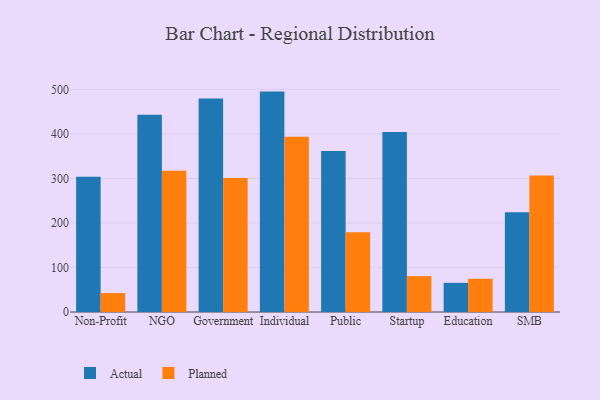
{"axis": {"x": "Segment", "y": "Inventory Turnover"}, "legend": ["Actual", "Planned"], "data": [{"x": "Non-Profit", "y": 304.0, "type": "Actual"}, {"x": "Non-Profit", "y": 42.5, "type": "Planned"}, {"x": "NGO", "y": 443.2, "type": "Actual"}, {"x": "NGO", "y": 317.4, "type": "Planned"}, {"x": "Government", "y": 479.4, "type": "Actual"}, {"x": "Government", "y": 301.1, "type": "Planned"}, {"x": "Individual", "y": 495.1, "type": "Actual"}, {"x": "Individual", "y": 393.5, "type": "Planned"}, {"x": "Public", "y": 361.6, "type": "Actual"}, {"x": "Public", "y": 179.4, "type": "Planned"}, {"x": "Startup", "y": 404.4, "type": "Actual"}, {"x": "Startup", "y": 80.5, "type": "Planned"}, {"x": "Education", "y": 65.5, "type": "Actual"}, {"x": "Education", "y": 74.6, "type": "Planned"}, {"x": "SMB", "y": 223.8, "type": "Actual"}, {"x": "SMB", "y": 306.4, "type": "Planned"}]}